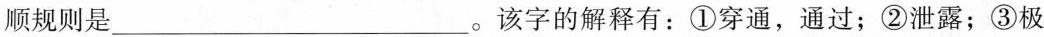
顺规则是___。该字的解释有：①穿通，通过；②泄露；③极